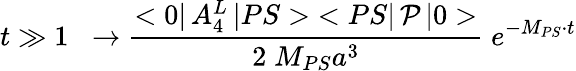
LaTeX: t\gg 1\; \; \rightarrow{\frac{<0|\, A_{4}^{L}\, |PS>\; <PS|\, {\cal P}\, |0>}{2\; M_{PS}a^{3}}}\; e^{-M_{PS}\cdot t}